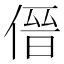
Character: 𱎿